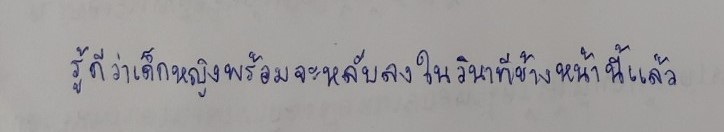
รู้ดีว่าเด็กหญิงพร้อมจะหลับลงในวินาทีข้างหน้านี้แล้ว